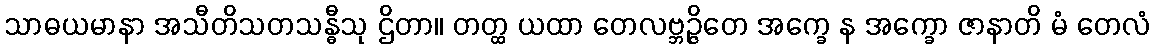
သာဓယမာနာ အသီတိသတသန္ဓီသု ဌိတာ။ တတ္ထ ယထာ တေလဗ္ဘဉ္ဇိတေ အက္ခေ န အက္ခော ဇာနာတိ မံ တေလံ